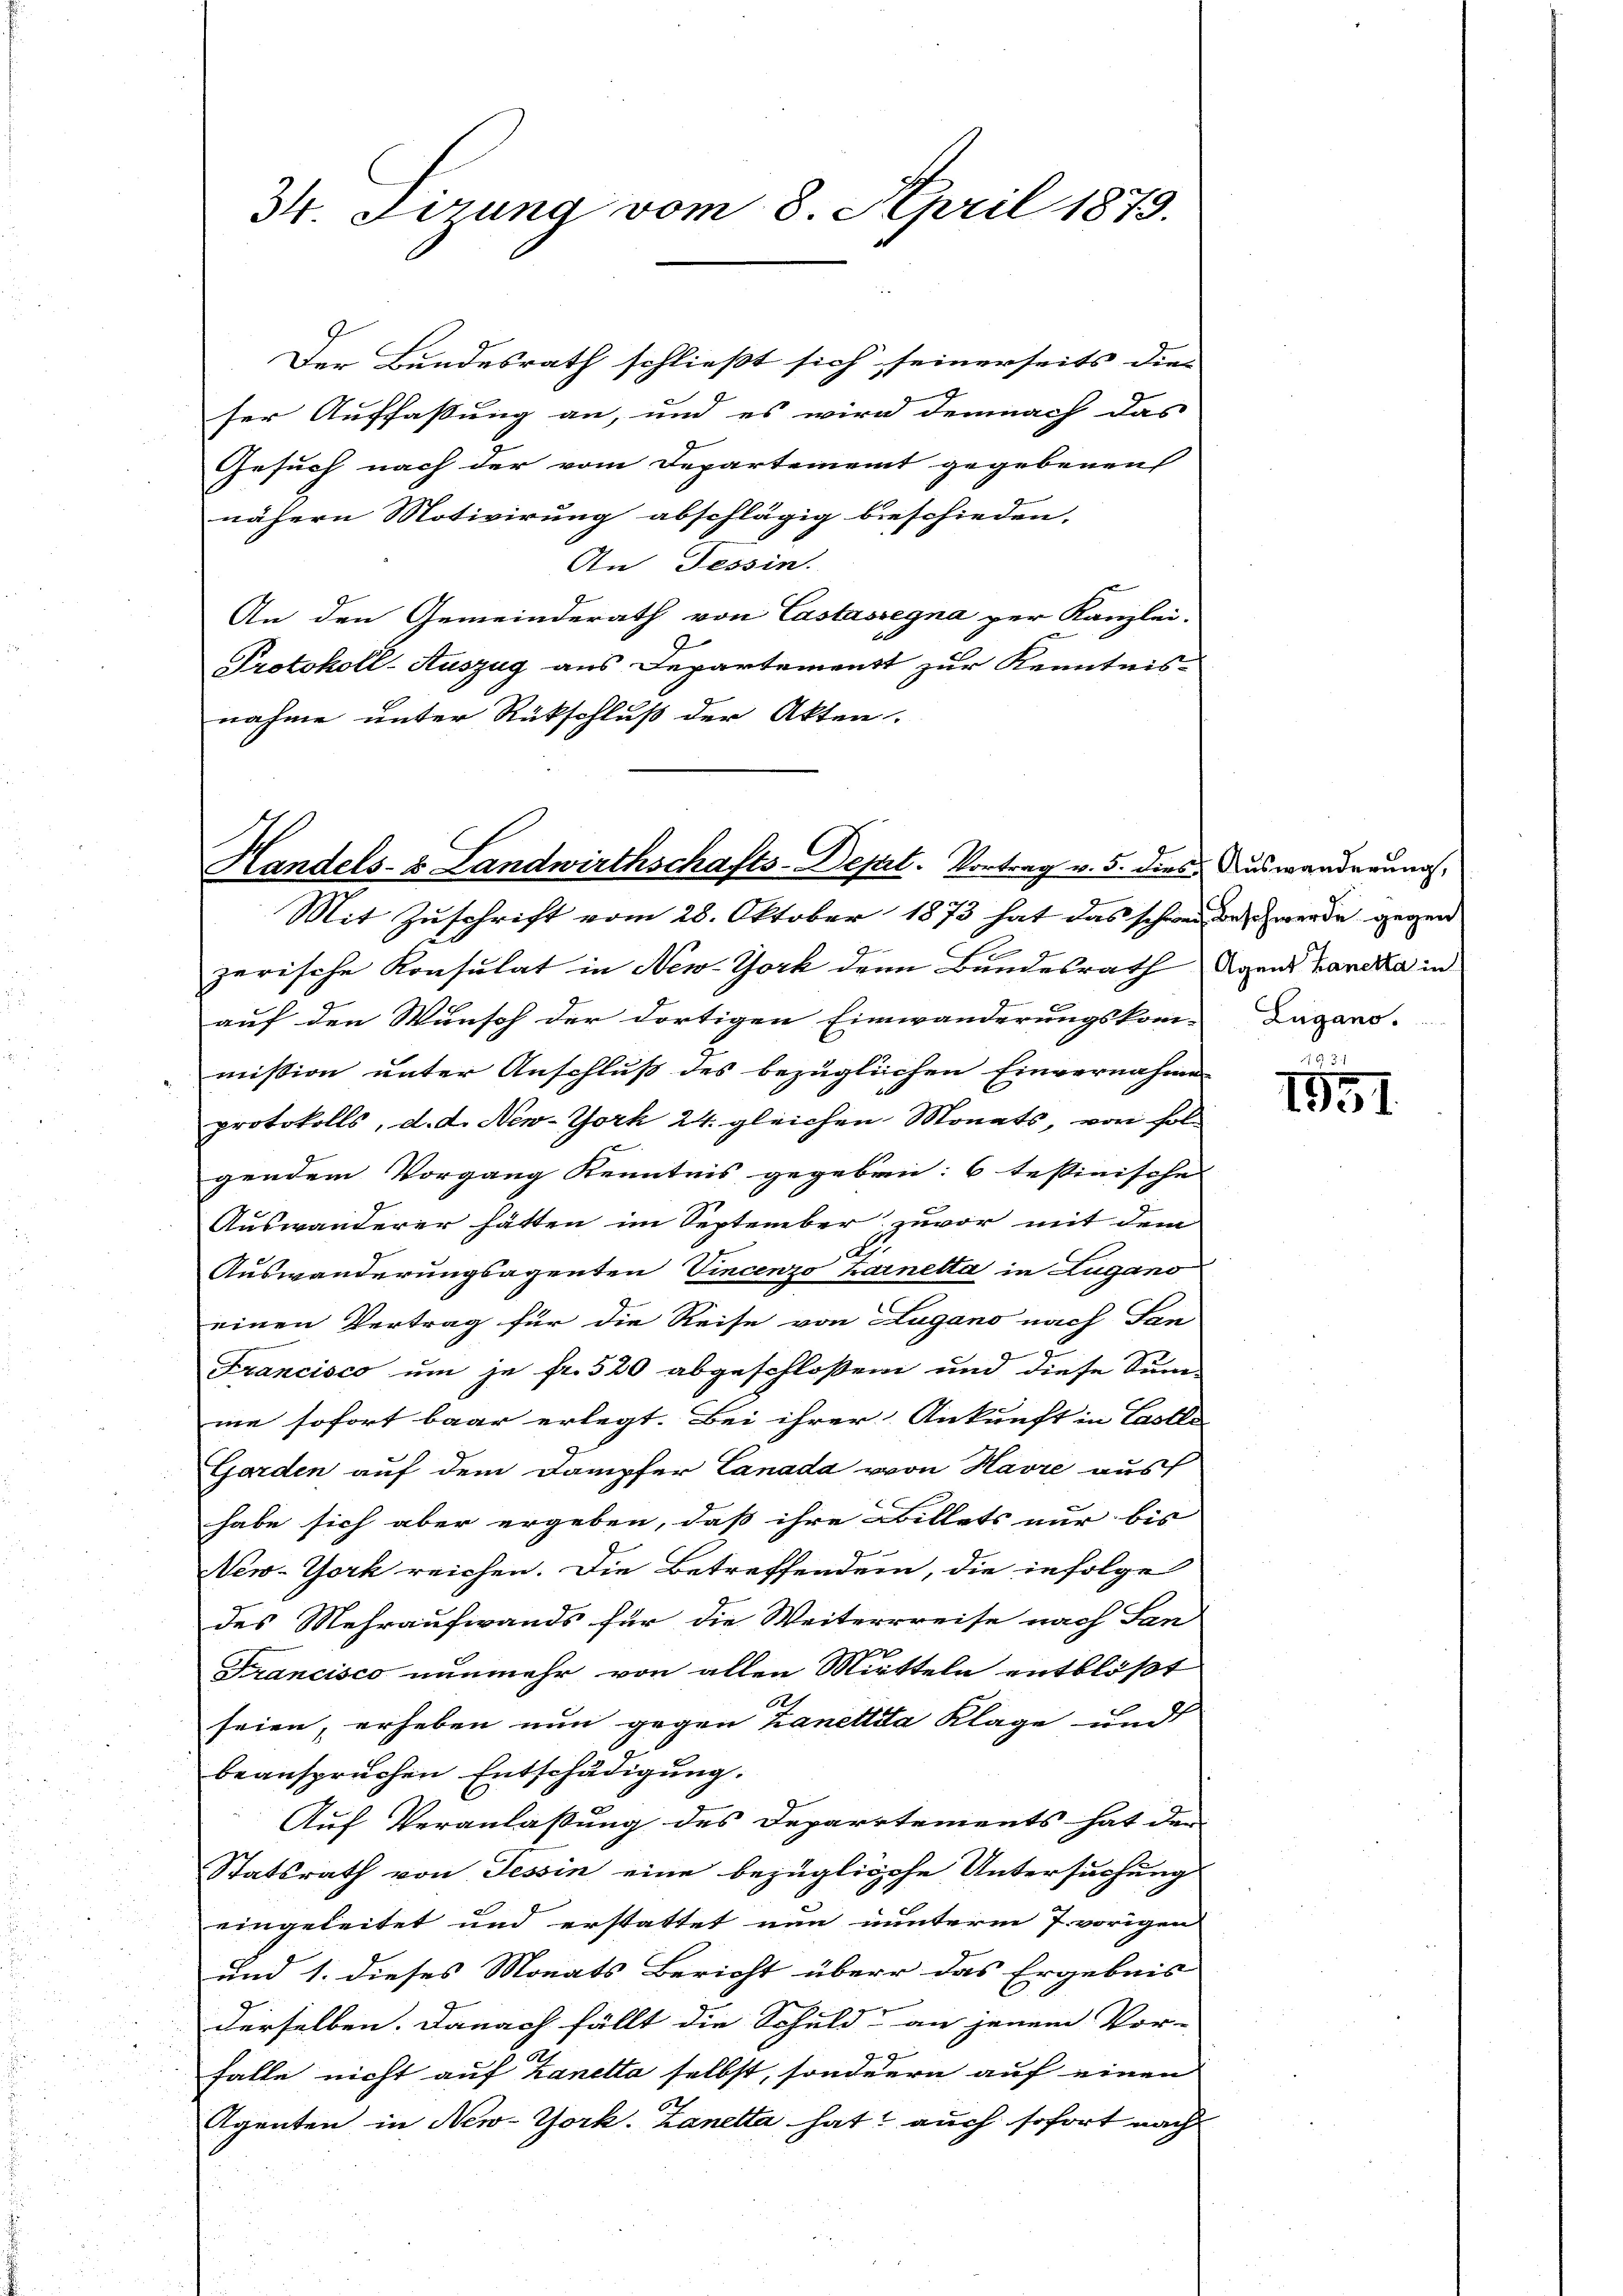
34. Ferung vom 8. April 1879.

Der Bundesrath schließt sich seinerseits dies
ser Auffassung an, und es wird demnach das
Gesuch nach der vom Departement gegebenen
nähern Motivirung abschlägig beschieden.
An Tessin.
An den Gemeinderath von Castassegna zur Kanzlei.
Protokoll-Auszug aus Departement zur Kenntnis-
nahme unter Rückschluß der Akten.

Handels- & Landwirthschafts-Depit. Vortrag v. 5. diese Auswanderung
af

Mit Zuschrift vom 28. Oktober 1873 hat das schweiz beschwerde gegen
zerische Konsulat in New-York dem Bundesrath Agent Hanekla in
auf den Wunsch der dortigen Einwanderungskom-Zugano.
mission unter Anschluß des bezüglichen Einvernahme
protokolls, d. d. New-York 24. gleichen Monats, von Fol-
gendem Vorgang Kenntnis gegeben: 6 testinische
Auswanderer hätten im September zuvor mit dem
A.
Auswanderungsagenten Vincenzo hainetta in Zugano
einen Vertrag für die Reise von Lugano nach San
Francisco um je fr. 520 abgeschloßen und diese Sum-
me sofort baar erlegt. Bei ihrer Ankunft in Lastlo
Garden auf dem Dampfer Canada von Havre aus
habe sich aber ergeben, daß ihre Billets nur bis
New-York reichen. Die Betreffenden, die infolge
des Mehraufwands für die Weiterrreise nach San
Francisco nunmehr von allen Mitteln entblöst
.
seien, erheben nun gegen Kanettila Klage und
beanspruchen Entschädigung.
Auf Veranlaßung des Departements hat den
Statsrath von Tessin eine bezügliche Untersuchung
eingeleitet und erstattet nun nunterm 7. vorigen
und 1. dieses Monats Bericht über das Ergebnis
derselben. Danach fällt die Schuld an jenem Vor-
falle nicht auf Zanetta selbst, sondern auf einen
Agenten in New-York. Zanetta hat auch sofort nach

.
1951